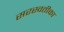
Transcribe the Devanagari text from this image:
सरस्वतीका